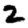
Digit: 2